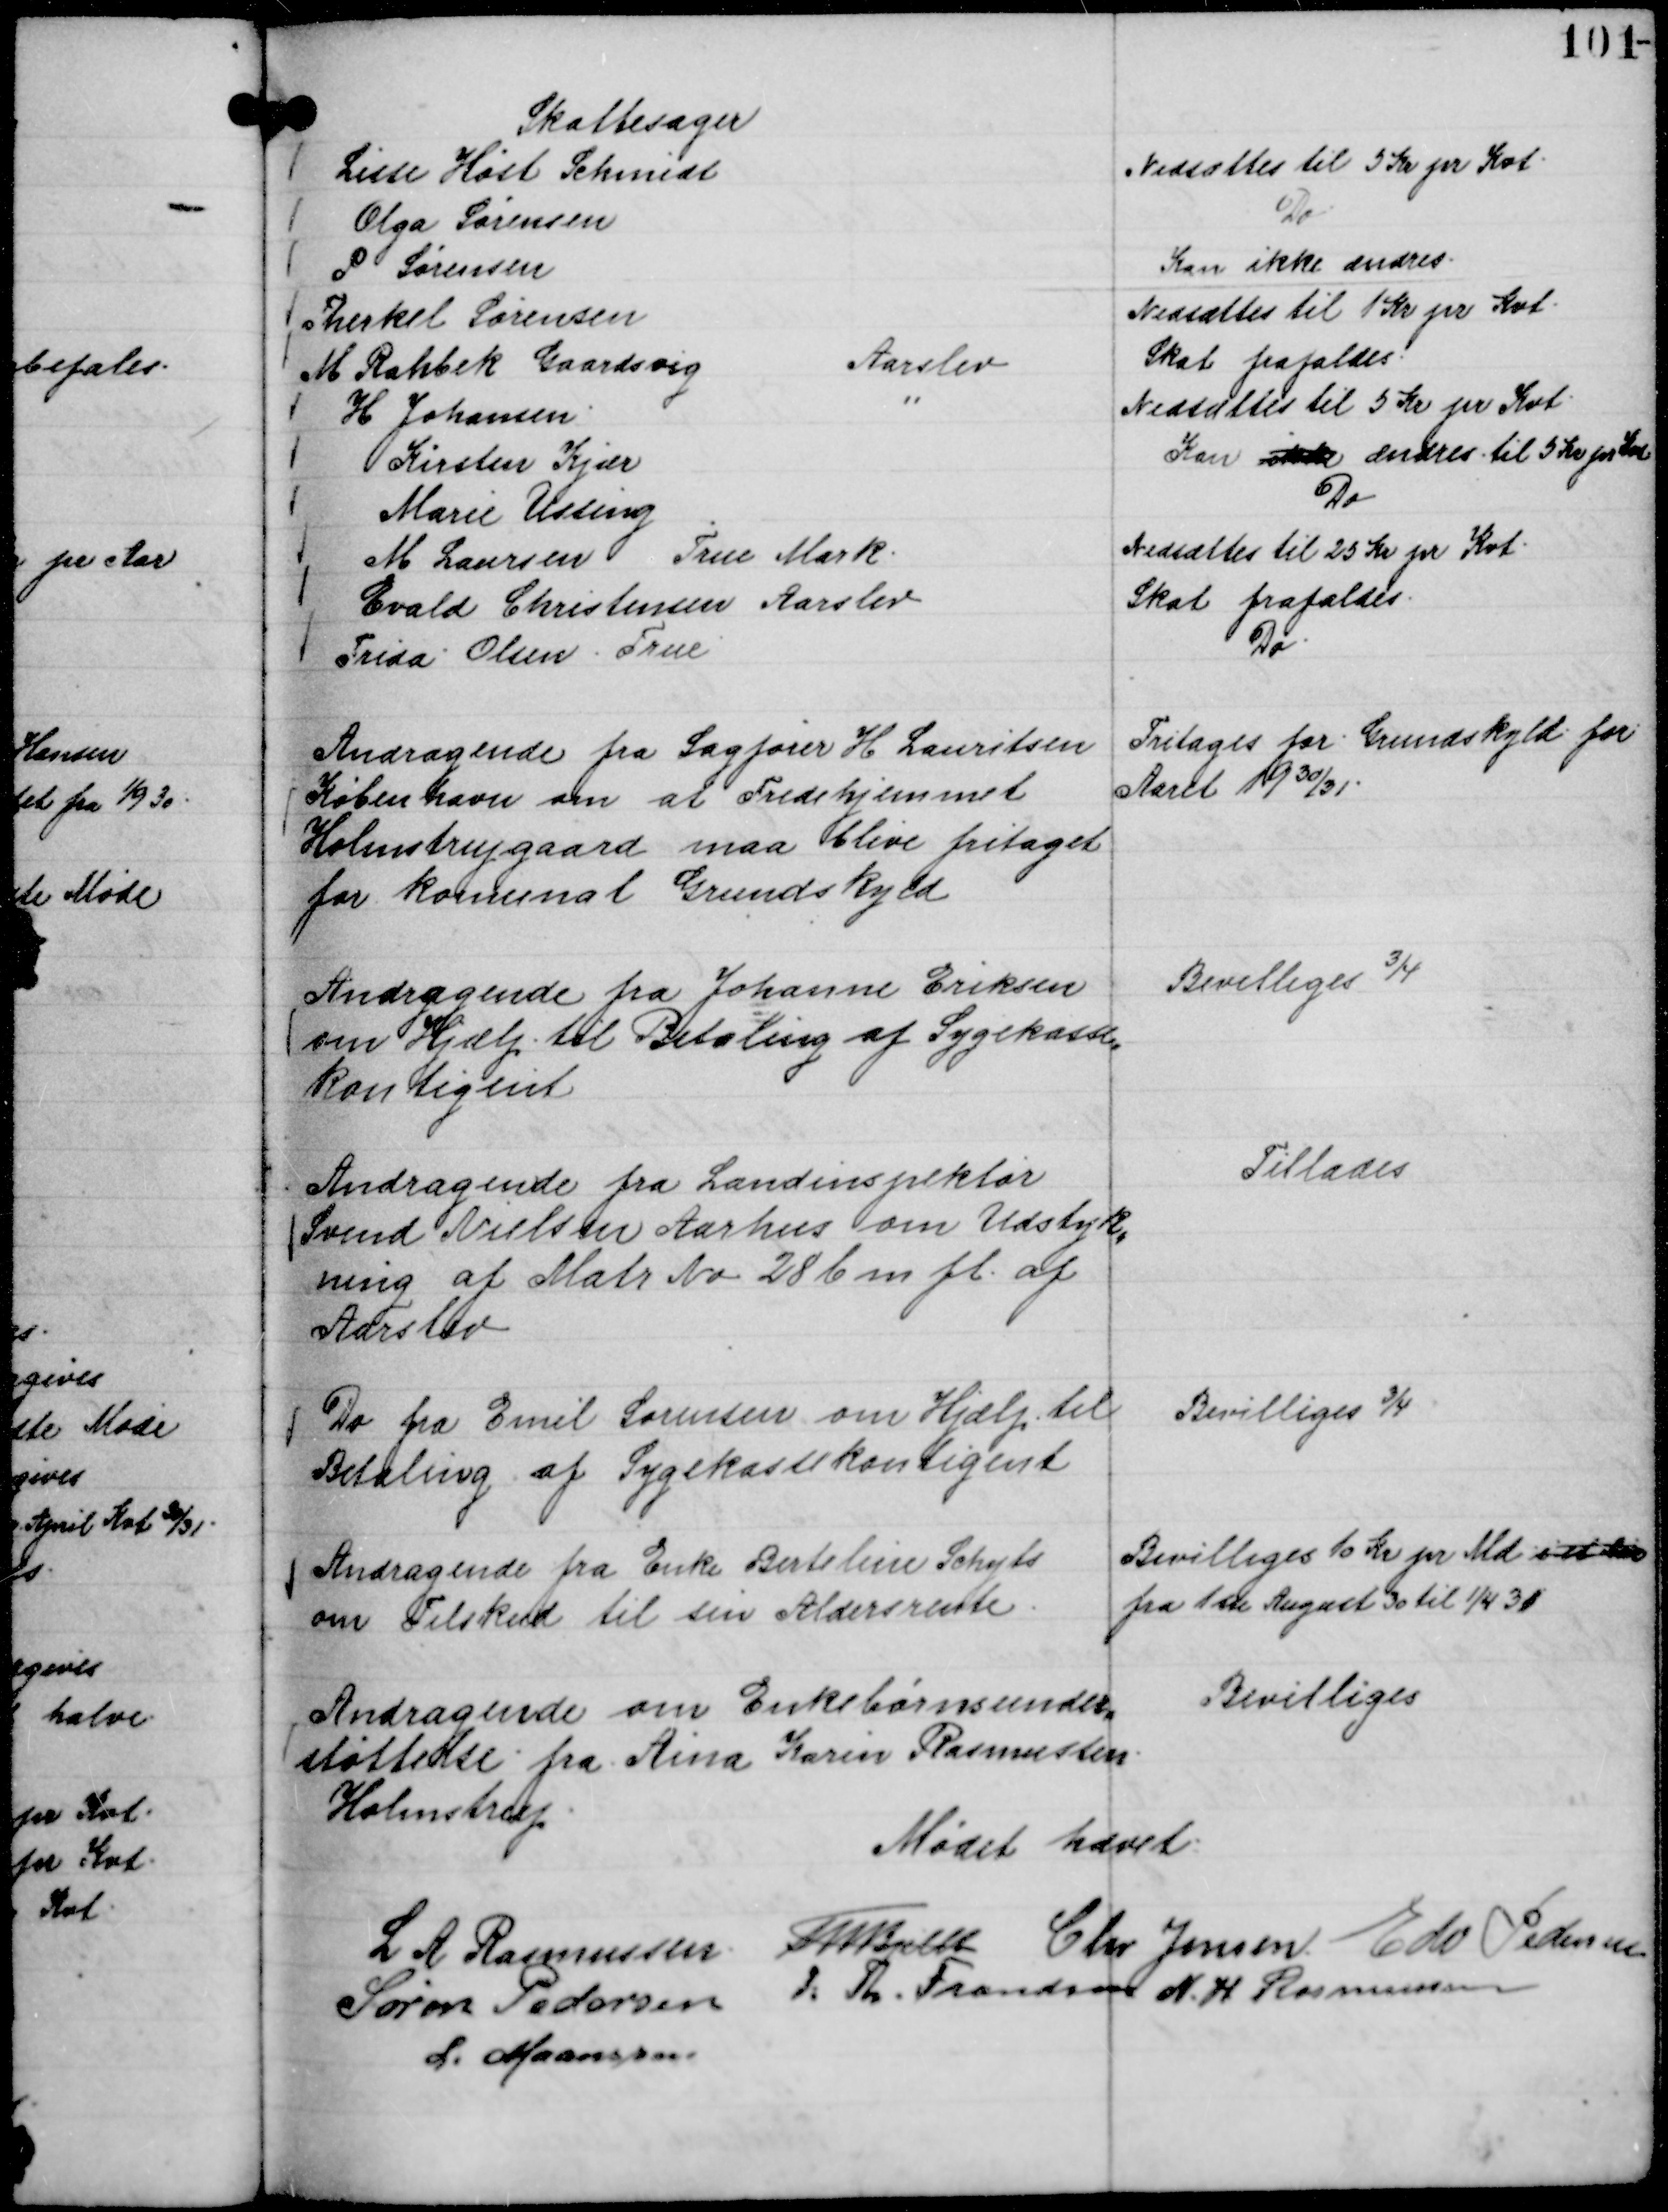
Transskription:
Skattesager
Lissi Høst Schmidt
Nedsættes til 5 Kr pr Kvt.
Olga Sørensen
Do.
P Sørensen
Kan ikke ændres.
Therkel Sørensen
Nedsættes til 1 Kr pr Kvt.
M Rahbek Gaardsvig
Aarslev
Skat frafaldes.
H Johansen.
"
Nedsættes til 5 Kr pr Kvt.
Kirsten Kjær
Kan ikke ændres til 5 Kr pr Kvt
Marie Ussing
Do
M Laursen True Mark.
Nedsættes til 25 Kr pr Kvt.
Evald Christensen Aarslev
Skat frafaldes.
Frida Olsen True
Do.

Andragende fra Sagfører H Lauritsen
København om at Fredehjemmet
Holmstrupgaard maa blive fritaget
for komunal Grundskyld

Fritages for Grundskyld for
Aaret 19 30/31.

Andragende fra Johanne Eriksen
om Hjælp til Betaling af Sygekasse,,
kontigent

Bevilliges ¾

Andragende fra Landinspektør
Svend Nielsen Aarhus om Udstyk,,
ning af Matr No 28 b m fl. af
Aarslev

Tillades

Do fra Emil Sørensen om Hjælp til
Betaling af Sygekassekontigent

Bevilliges ¾

Andragende fra Enke Bertelsen Schyts
om Tilskud til sin Aldersrente.

Bevilliges 10 Kr pr Md i et Aar
fra 1ste August 30 til 1/4 31

Andragende om Enkebørnsunder,,
støttelse fra Aina Karin Rasmussen.
Holmstrup.

Bevilliges

Mødet hævet.
L A Rasmussen.
Th Bjelke
Chr Jensen.
Edv Pedersen
Søren Pedersen
P. Th. Frandsen
N. H Rasmussen
L. Maansson